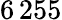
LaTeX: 6\, 255